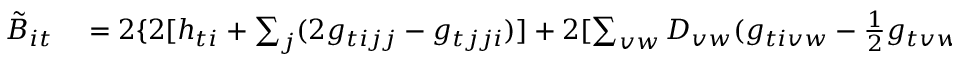
\begin{array} { r l } { \tilde { B } _ { i t } } & { { } = 2 \{ 2 [ h _ { t i } + \sum _ { j } ( 2 g _ { t i j j } - g _ { t j j i } ) ] + 2 [ \sum _ { v w } D _ { v w } ( g _ { t i v w } - \frac { 1 } { 2 } g _ { t v w i } ) ] } \end{array}